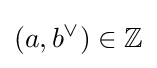
(a,b^{\vee })\in \mathbb {Z}